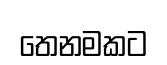
තෙනමකට